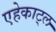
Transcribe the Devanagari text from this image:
एहेकाट्ल